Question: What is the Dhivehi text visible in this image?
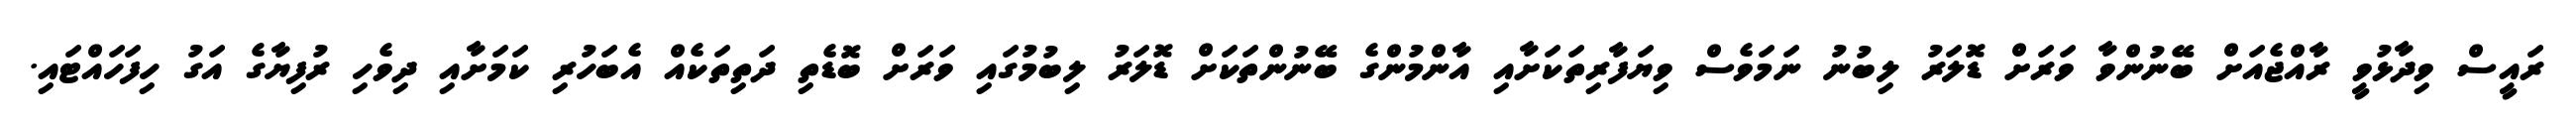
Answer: ރައީސް ވިދާޅުވީ ރާއްޖެއަށް ބޭނުންވާ ވަރަށް ޑޮލަރު ލިބުނު ނަމަވެސް ވިޔަފާރިތަކަށާއި އާންމުންގެ ބޭނުންތަކަށް ޑޮލަރު ލިބުމުގައި ވަރަށް ބޮޑެތި ދަތިތަކެއް އެބަހުރި ކަމަށާއި ދިވެހި ރުފިޔާގެ އަގު ހިފަހައްޓައި.